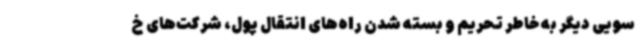
سویی دیگر به خاطر تحریم و بسته شدن راه‌های انتقال پول، شرکت‌های خ